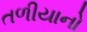
તળીયાનો